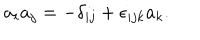
a _ { i } a _ { j } = - \delta _ { i j } + \epsilon _ { i j k } a _ { k } .